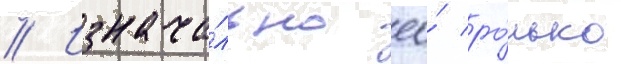
// Изнача́льно ео́ ро́лью